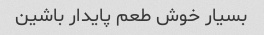
بسیار خوش طعم پایدار باشین